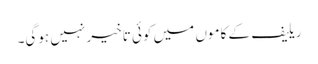
ریلیف کے کاموں میں کوئی تاخیر نہیں ہوگی۔